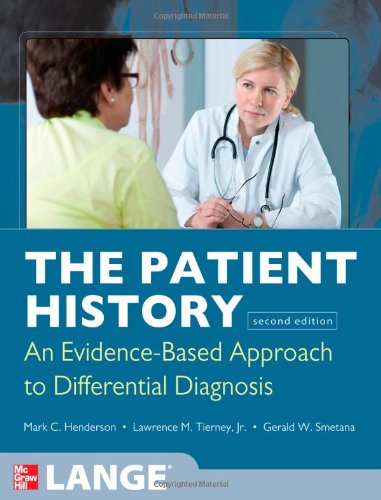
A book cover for The Patient History: Evidence-Based Approach (Tierney, The Patient History); Mark Henderson; Medical Books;